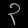
Digit: ၃